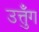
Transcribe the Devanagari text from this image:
उत्तुँग